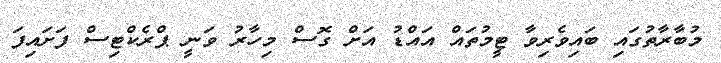
މުބާރާތުގައި ބައިވެރިވާ ޓީމުތައް އައްޑު އަށް ގޮސް މިހާރު ވަނީ ޕްރެކްޓިސް ފަށައިފަ